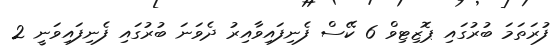
ފުރަތަމަ ބުރުގައި ޕޮޒިޓިވް 6 ކޭސް ފެނިފައިވާއިރު ދެވަނަ ބުރުގައި ފެނިފައިވަނީ 2